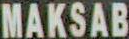
MAKSAB